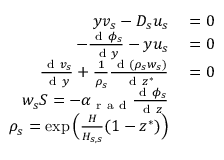
\begin{array} { r l } { y v _ { s } - D _ { s } u _ { s } } & { { } = 0 } \\ { - \frac { \mathrm { ~ d ~ } \phi _ { s } } { \mathrm { ~ d ~ } y } - y u _ { s } } & { { } = 0 } \\ { \frac { \mathrm { ~ d ~ } v _ { s } } { \mathrm { ~ d ~ } y } + \frac { 1 } { \rho _ { s } } \frac { \mathrm { ~ d ~ } ( \rho _ { s } w _ { s } ) } { \mathrm { ~ d ~ } z ^ { * } } } & { { } = 0 } \\ { w _ { s } S = - \alpha _ { \mathrm { ~ r ~ a ~ d ~ } } \frac { \mathrm { ~ d ~ } \phi _ { s } } { \mathrm { ~ d ~ } z } } \\ { \rho _ { s } = \exp \Big ( \frac { H } { H _ { s , s } } ( 1 - z ^ { * } ) \Big ) } \end{array}